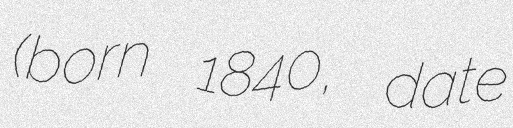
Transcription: (born 1840, date